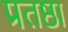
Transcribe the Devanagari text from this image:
प्रतष्ठा